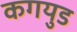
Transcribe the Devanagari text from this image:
कगयुड